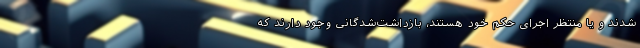
شدند و یا منتظر اجرای حکم خود هستند، بازداشت‌شدگانی وجود دارند که